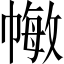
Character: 𢄯